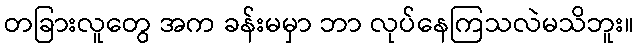
တခြားလူတွေ အက ခန်းမမှာ ဘာ လုပ်နေကြသလဲမသိဘူး။